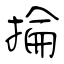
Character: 掄